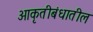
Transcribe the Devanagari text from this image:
आकृतीबंधातील